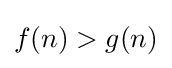
f(n)>g(n)